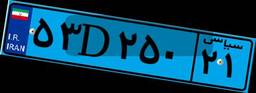
۵۳D۲۵۰۲۱